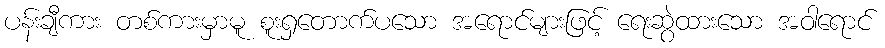
ပန်းချီကား တစ်ကားမှာမူ စူးရှတောက်ပသော အရောင်များဖြင့် ရေးဆွဲထားသော အဝါရောင်